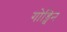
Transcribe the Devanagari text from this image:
गोड्विन